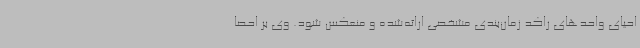
احیای واحدهای راکد زمان‌بندی مشخصی ارائه‌شده و منعکس شود. وی بر احصا